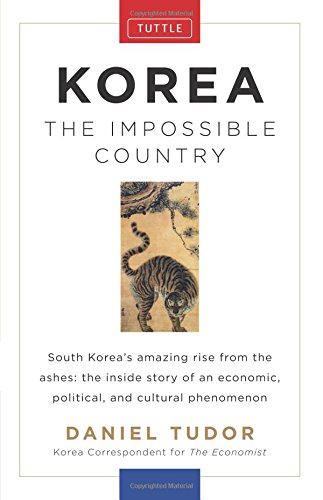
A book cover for Korea: The Impossible Country; Daniel Tudor; Business & Money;